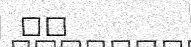
٥٩